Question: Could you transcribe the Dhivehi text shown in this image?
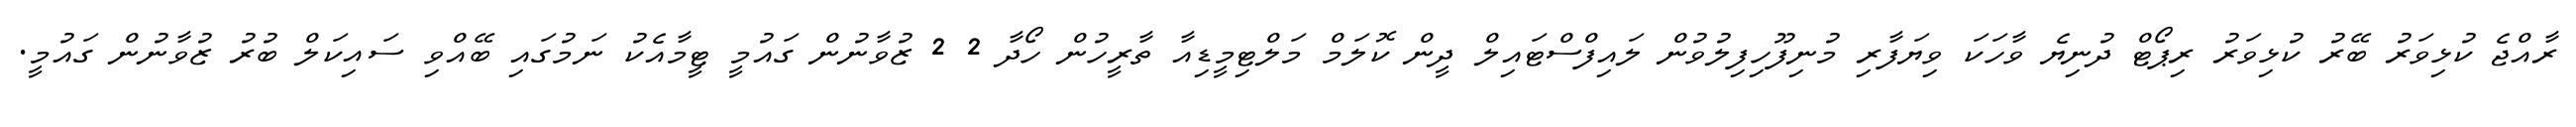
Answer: ރާއްޖެ ކުޅިވަރު ބޭރު ކުޅިވަރު ރިޕޯޓް ދުނިޔެ ވާހަކަ ވިޔަފާރި މުނިފޫހިފިލުވުން ލައިފްސްޓައިލް ދީން ކޮލަމް މަލްޓިމީޑިއާ ތާރީހުން ހޯދާ 2 2 ޒުވާނުން ގައުމީ ޓީމާއެކު ނަމުގައި ބޭއްވި ސައިކަލް ބުރު ޒުވާނުން ގައުމީ.